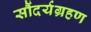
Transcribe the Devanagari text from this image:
सौंदर्यग्रहण